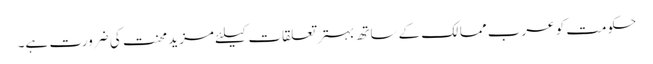
حکومت کو عرب ممالک کے ساتھ بہتر تعلقات کیلئے مزید محنت کی ضرورت ہے۔